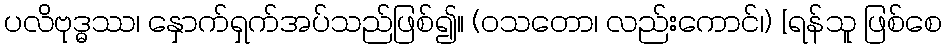
ပလိဗုဒ္ဓဿ၊ နှောက်ရှက်အပ်သည်ဖြစ်၍။ (ဝသတော၊ လည်းကောင်၊) [ရန်သူ ဖြစ်စေ